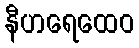
နီဟရေထေဝ